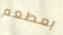
بمطعم